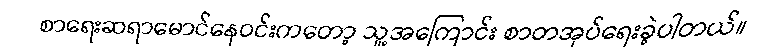
စာရေးဆရာမောင်နေဝင်းကတော့ သူ့အကြောင်း စာတအုပ်ရေးခဲ့ပါတယ်။